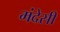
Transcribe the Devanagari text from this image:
मंदेसी